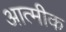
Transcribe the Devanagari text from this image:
आत्मीक